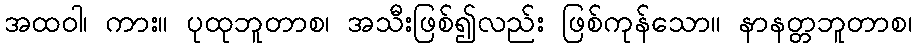
အထဝါ၊ ကား။ ပုထုဘူတာစ၊ အသီးဖြစ်၍လည်း ဖြစ်ကုန်သော။ နာနတ္တဘူတာစ၊